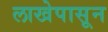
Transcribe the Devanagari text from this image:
लाखेपासून